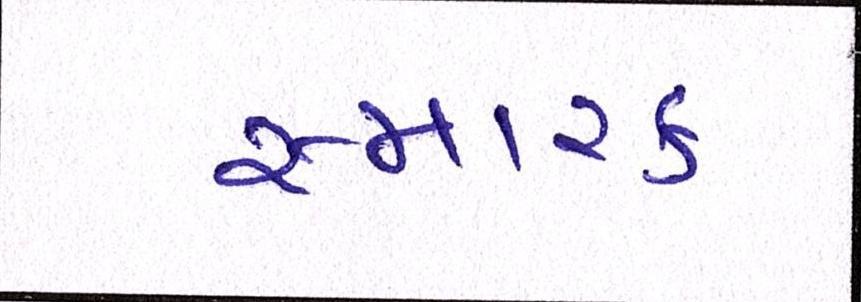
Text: સ્મારક